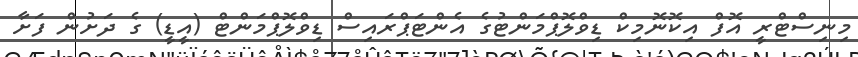
މިނިސްޓްރީ އޮފް އިކޮނޮމިކް ޑިވްލޮޕްމަންޓުގެ އެންޓަޕްރައިސް ޑިވްލޮޕްމަންޓް (އީޑީ) ގެ ދަށުން ފަށާ